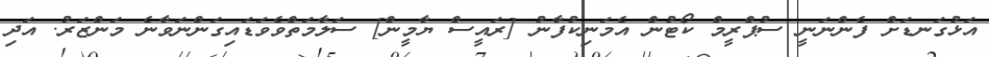
އަޅުގަނޑަށް ފެންނަނީ ސުޕްރީމް ކޯޓުން އެމަނިކުފާނު [ރައީސް ޔާމީން] ސަލާމަތްވެވަޑައިގަންނަވާނެ މަންޒަރު. އަދި